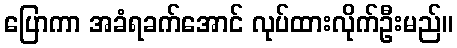
ပြောကာ အခံရခက်အောင် လုပ်ထားလိုက်ဦးမည်။